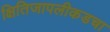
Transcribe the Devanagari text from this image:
क्षितिजापलीकडचा